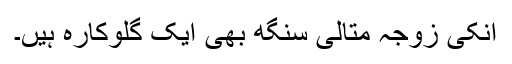
اُنکی زوجہ مِتالی سِنگھ بھی ایک گلوکارہ ہَیں۔